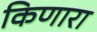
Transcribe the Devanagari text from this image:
किणारा